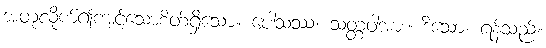
အတုလိုက်၍ကျင့်သောစိတ်ရှိသော။ ပေါသဿ၊ သတ္တဝါအား။ ဒိသော၊ ရန်သည်။